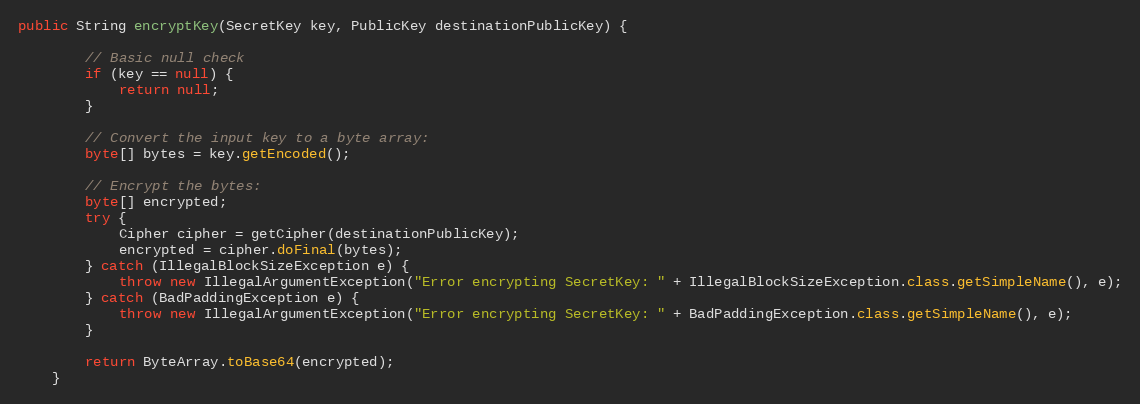
Language: Java
public String encryptKey(SecretKey key, PublicKey destinationPublicKey) {

        // Basic null check
        if (key == null) {
            return null;
        }

        // Convert the input key to a byte array:
        byte[] bytes = key.getEncoded();

        // Encrypt the bytes:
        byte[] encrypted;
        try {
            Cipher cipher = getCipher(destinationPublicKey);
            encrypted = cipher.doFinal(bytes);
        } catch (IllegalBlockSizeException e) {
            throw new IllegalArgumentException("Error encrypting SecretKey: " + IllegalBlockSizeException.class.getSimpleName(), e);
        } catch (BadPaddingException e) {
            throw new IllegalArgumentException("Error encrypting SecretKey: " + BadPaddingException.class.getSimpleName(), e);
        }

        return ByteArray.toBase64(encrypted);
    }